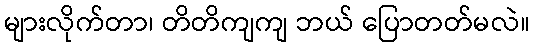
များလိုက်တာ၊ တိတိကျကျ ဘယ် ပြောတတ်မလဲ။